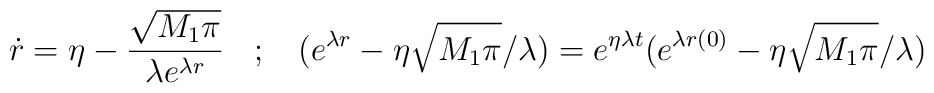
\dot{r} = \eta - \frac{\sqrt{M_1 \pi}}{\lambda e^{\lambda r}}  \: \:\: \:  ;\: \: \: \:(e^{\lambda r} - \eta \sqrt{M_1 \pi}/\lambda ) =e^{\eta\lambda t}  (e^{\lambda r(0)} - \eta \sqrt{M_1 \pi}/\lambda )